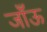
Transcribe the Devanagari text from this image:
जाँऊ